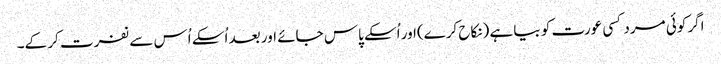
اگر کوئی مرد کسی عورت کو بیا ہے (نکاح کرے)اور اُسکے پاس جائے اور بعد اُسکے اُس سے نفرت کر کے۔